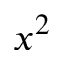
x ^ { 2 }